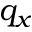
q _ { x }